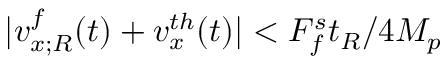
| v _ { x ; R } ^ { f } ( t ) + v _ { x } ^ { t h } ( t ) | < F _ { f } ^ { s } t _ { R } / 4 M _ { p }